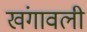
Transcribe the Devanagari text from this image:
खंगावली